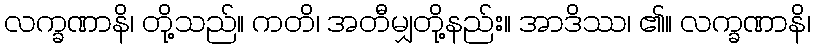
လက္ခဏာနိ၊ တို့သည်။ ကတိ၊ အတီမျှတို့နည်း။ အာဒိဿ၊ ၏။ လက္ခဏာနိ၊